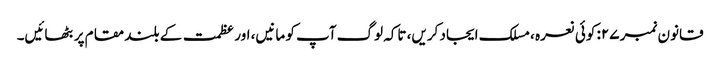
قانون نمبر ۲۷: کوئی نعرہ ، مسلک ایجاد کریں، تاکہ لوگ آپ کو مانیں، اور عظمت کے بلند مقام پر بٹھائیں۔